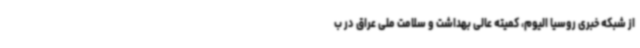
از شبکه خبری روسیا الیوم، کمیته عالی بهداشت و سلامت ملی عراق در ب